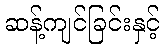
ဆန့်ကျင်ခြင်းနှင့်